Report on the lunatic asylums under the Government of Bombay - 1904-1913
Year: 1904
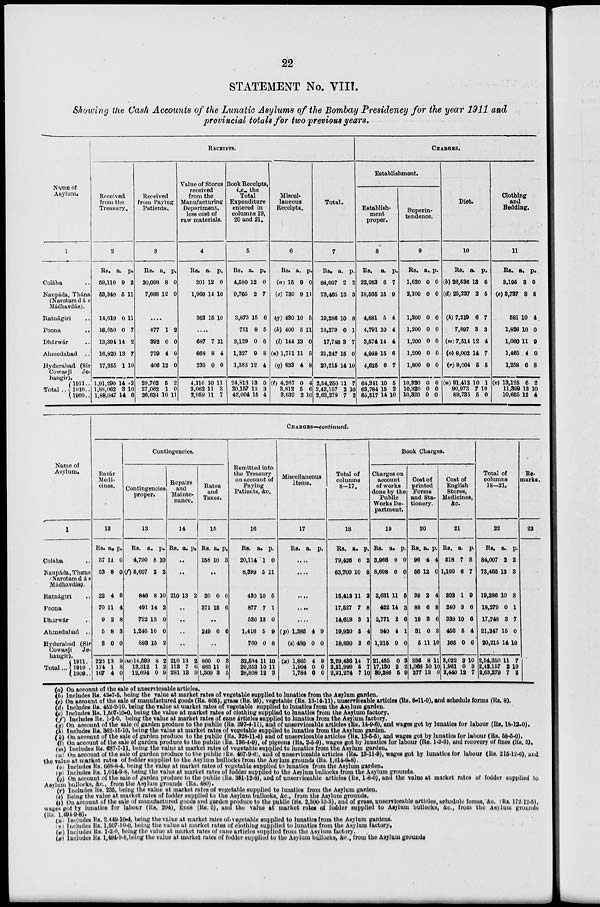
22
STATEMENT No. VIII.
Showing the Cash Accounts of the Lunatic Asylums of the Bombay Presidency for the year 1911 and
provincial totals for two previous years.
Name of
Asylum.
1
Colába ..
Naupáda, Thána
(Narotamdás
Madhavdás).
Ratnágiri ..
Poona ..
Dhárwár ..
Ahmedabad
..
Hyderabad (Sir
Cowasji
Je¬
hangir).
Total ..
1911..
1910..
1909..
RECEIPTS.
Received
from the
Treasury.
2
Rs.
59,110
53,340
14,619
16,650
13,394
16,820
17,355
1,91,290
1,88,062
1,88,047
a.
9
5
0
0
14
13
1
14
3
14
p.
2
11
11
7
2
7
10
2
10
6
Received
from Paying
Patients.
3
Rs.
20,098
7,668
a.
8
12
p.
0
0
....
477
392
719
406
29,762
27,062
26,634
1
0
4
12
5
1
10
2
0
0
0
2
0
11
Value of Stores
received
from the
Manufacturing
Department,
less cost of
raw materials.
4
Rs.
201
1,960
362
a.
12
14
15
p.
0
10
10
....
687
668
235
4,116
3,062
2,959
7
8
0
10
11
11
11
4
0
11
3
7
Book Receipts,
i.e., the
Total
Expenditure
entered in
columns 19,
20 and 21.
5
Rs.
4,580
9,765
3,873
751
3,129
1,327
1,385
24,813
20,157
42,004
a.
12
2
15
8
0
9
12
13
18
15
p.
0
7
6
5
6
8
4
0
3
4
Miscel-
laneous
Receipts.
6
Rs.
(a) 15
(c) 730
(g) 430
(k) 400
(l) 144
(n) 1,711
(9)833
(t) 4,267
3,812
3,632
a.
9
9
10
5
13
11
4
0
5
2
p.
0
11
5
11
0
5
8
4
6
10
Total.
7
Rs.
84,007
73,465
19,286
18,279
17,748
21,247
20,215
2,54,250
2,42,157
2,63,279
a.
2
13
10
0
3
16
14
11
2
7
p.
2
3
8
1
7
0
10
7
10
2
CHARGES.
Establishment.
Establish-
ment
proper.
8
Rs.
22,953
18,565
4,881
4,791
3,574
4,948
4,625
64,341
63,784
65,517
a.
6
15
5
10
14
16
6
10
15
14
p.
7
9
4
4
4
6
7
5
2
10
Superin-
tendence.
9
Rs.
1,620
2,100
1,200
1,200
1,200
1,200
1,800
10,320
10,320
10,320
a.
0
0
0
0
0
0
0
0
0
0
p.
0
0
0
0
0
0
0
0
0
0
Diet.
10
Rs.
(b) 26,536
(d) 25,237
(h) 7,210
7,897
(m) 7,514
(o) 8,002
(r) 9,004
(u) 91,412
90,973
89,735
a.
13
2
6
3
12
14
5
10
7
5
p.
6
6
7
3
4
7
5
1
10
0
Clothing
and
Bedding.
11
Rs.
3,195
(e) 3,737
581
1,826
1,060
l,465
1,258
(v) 13,125
11,399
10,655
a.
3
8
10
10
11
4
6
6
13
12
p.
0
5
4
0
9
0
8
2
10
4
Name of
Asylum.
1
Colába ...
Naupáda, Thána
(Narotamdás
Mádhavdás).
Ratnágiri ..
Poona ..
Dhárwár ..
Ahmedabad ..
Hyderabad (Sir
Cowasji Je¬
hangir).
Total...
1911.
1910.
1909..
CHARGES—continued.
Bazár
Medi-
cines.
12
Rs.
57
53
22
70
9
5
8
226
174
167
a.
11
8
4
11
2
8
0
13
1
4
p.
0
0
6
4
8
3
0
9
8
0
Contingencies.
Contingencies
proper.
13
Rs.
4,790
(f) 5,607
846
491
722
1,246
893
(w)14,599
13,312
12,694
a.
8
2
8
14
13
10
15
8
1
0
p.
10
2
10
2
0
0
2
2
2
9
Repairs
and
Mainte-
nance.
14
Rs. a. p.
..
..
210 13 2
..
..
..
..
210
113
281
13
7
13
2
6
9
Rates
and
Taxes.
15
Rs.
158
a.
10
p.
3
..
20
371
0
15
0
6
..
249 6 6
..
800
663
1,309
0
11
3
3
0
5
Remitted into
the Treasury
on account of
Paying
Patients, &c.
16
Rs.
20,114
8,399
430
877
586
1,416
760
32,534
29,353
28,808
a.
1
5
10
7
13
5
0
11
10
12
p.
0
11
5
1
0
9
8
10
11
3
Miscellaneous
Items.
17
Rs. a. p.
....
....
....
....
....
(p) 1,385
(s)480
(x) 1,865
1,904
1,784
4
0
4
0
6
9
0
9
0
0
Total of
columns
8-17.
18
Rs.
79,426
63,700
15,412
17,527
14,619
19,920
18,830
2,29,436
2,21,999
2,21,274
a.
6
10
11
7
3
5
2
14
5
7
p.
2
8
2
8
1
4
6
7
7
10
Book Charges.
Charges on
account
of works
done by the
Public
Works De-
partment.
19
Rs.
3,966
8,608
3,631
422
2,771
840
1,215
21,455
17,130
89,286
a.
0
0
11
14
2
4
0
0
2
5
p.
0
0
5
3
6
1
0
3
2
9
Cost of
printed
Forms
and Sta-
tionery.
20
Rs.
96
56
39
88
19
31
5
336
1,066
277
a.
4
12
2
6
3
0
11
8
10
13
p.
4
0
4
8
6
3
10
11
10
0
Cost of
English
Stores,
Medicines,
&c.
21
Rs.
518
1,100
203
240
338
456
165
3,022
1,961
2,440
a.
7
6
1
3
10
5
0
3
0
12
p.
8
7
9
6
6
4
6
10
3
7
Total of
columns
18-21.
22
Rs.
84,007
78,465
19,286
18,279
17,748
21,247
20,215
2,54,250
2,42,157
2,63,279
a.
2
13
10
0
3
15
14
11
2
7
p.
2
3
3
1
7
0
10
7
10
2
Re¬
marks.
23
(a) On account of the sale of unserviceable articles.
(b) Includes Rs. 43-7-5, being the value at market rates of vegetable supplied to lunatics from the Asylum garden.
(c) On account of the sale of manufactured goods (Rs. 605), grass (Rs. 95), vegetable (Rs. 13-14-11), unserviceable articles (Rs. 8-11-0), and schedule forms (Rs. 8).
(d) Includes Rs. 452-2-10, being the value at market rates of vegetable supplied to lunatics from the Asylum garden.
(e) Includes Rs. 1,507-10-0, being the value at market rates of clothing supplied to lunatics from the Asylum factory.
(f) Includes Re. 1-2-0, being the value at market rates of cane árticles supplied to lunatics from the Asylum factory.
(g) On account of the sale of garden produce to the public (Rs. 397-4-11), and of unserviceable articles (Rs. 14-9-6), and wages got by lunatics for labour (Rs. 18-12-0).
(h) Includes Rs. 362-15-10, being the value at market rates of vegetable supplied to lunatics from the Asylum garden.
(k) On account of the sale of garden produce to the public (Rs. 328-11-6) and of unserviceable articles (Rs. 13-5-5), and wages got by lunatics for labour (Rs. 58-5-0).
(l) On account of the sale of garden produce to the public (Rs. 136-4-9), of pigeons (Rs. 2-5-9), wages got by lunatics for labour (Re. 1-2-6), and recovery of fines (Rs. 5).
(m) Includes Rs. 687-7-11, being the value at market rates of vegetable supplied to lunatics from the Asylum garden.
(n) On account of the sale of garden produce to the public (Rs. 467-9-6), and of unserviceable articles (Rs. 13-11-9), wages got by lunatics for labour (Rs. 215-12-6), and
the value at market rates of fodder supplied to the Asylum bullocks from the Asylum grounds (Rs. l,014-9-8).
(o) Includes Rs. 668-8-4, being the value at market rates of vegetable supplied to lunatics from the Asylum garden.
(p) Includes Rs. 1,014-9-8, being the value at market rates of fodder supplied to the Asylum bullocks from the Asylum grounds.
(q) On account of the sale of garden produce to the public (Rs. 351-12-8), and of unserviceable articles (Rs. 1-8-0), and the value at market rates of fodder supplied to
Asylum bullocks, &c., from the Asylum grounds (Rs. 480).
(r) Includes Rs. 235, being the value at market rates of vegetable supplied to lunatics from the Asylum garden.
(s) Being the value at market rates of fodder supplied to the Asylum bullocks, &c., from the Asylum grounds.
(t) On account of the sale of manufactured goods and garden produce to the public (Rs. 2,800-10-3 ), and of grass, unserviceable articles, schedule forms, &c. (Rs. 172-12-5),
wages got by lunatics for labour (Rs. 294), fines (Rs. 5), and the value at market rates of fodder supplied to Asylum bullocks, &c., from the Asylum grounds
(Rs. 1,494-9-8).
(u) Includes Rs. 2,449-10-4, being the value at market rates of vegetable supplied to lunatics from the Asylum gardens.
(v) Includes Rs. 1,507-10-0, being the value at market rates of clothing supplied to lunatics from the Asylum factory.
(w) Includes Rs. 1-2-0, being the value at market rates of cane articles supplied from the Asylum factory.
(x) Includes Rs. l,494-9-8,being the value at market rates of fodder supplied to the Asylum bullocks, &c., from the Asylum grounds